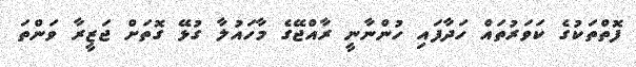
ފޮތްތަކުގެ ކަވަރުތައް ހަދާފައި ހުންނާނީ ރާއްޖޭގެ މާހައުލާ ގުޅޭ ގޮތަށް ޖަޒީރާ ވަންތަ